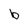
Character: b